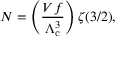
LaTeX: N = \left( { \frac { V f } { \Lambda _ { \mathrm { { c } } } ^ { 3 } } } \right) \zeta ( 3 / 2 ) ,